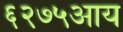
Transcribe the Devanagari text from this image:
६२७५आय